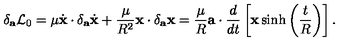
\delta _ { \bf a } { \cal L } _ { 0 } = \mu \dot { \bf x } \cdot \delta _ { \bf a } \dot { \bf x } + \frac { \mu } { R ^ { 2 } } { \bf x } \cdot \delta _ { \bf a } { \bf x } = \frac { \mu } { R } { \bf a } \cdot \frac { d } { d t } \left[ { \bf x } \sinh \left( \frac { t } { R } \right) \right] .